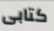
كتابى